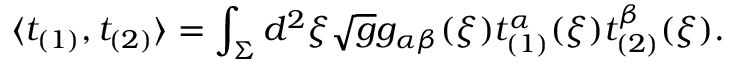
\langle t _ { ( 1 ) } , t _ { ( 2 ) } \rangle = \int _ { \Sigma } d ^ { 2 } \xi \sqrt { g } g _ { \alpha \beta } ( \xi ) t _ { ( 1 ) } ^ { \alpha } ( \xi ) t _ { ( 2 ) } ^ { \beta } ( \xi ) .